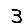
Digit: 3